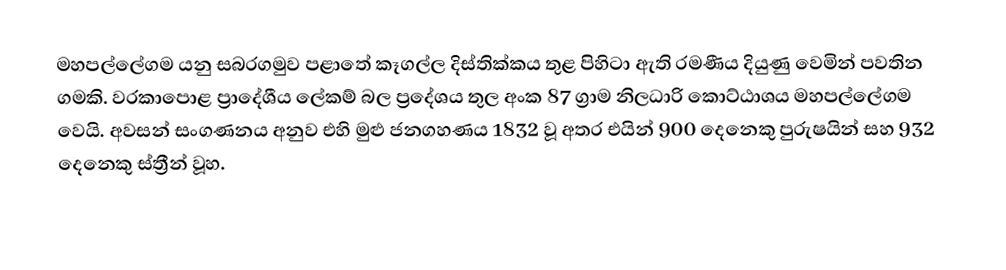
මහපල්ලේගම යනු සබරගමුව පළාතේ කෑගල්ල දිස්තික්කය තුළ පිහිටා ඇති රමණීය දියුණු වෙමින් පවතින ගමකි. වරකාපොළ ප්‍රාදේශීය ලේකම් බල ප්‍රදේශය තුල අංක 87   ග්‍රාම නිලධාරි කොට්ඨාශය  මහපල්ලේගම වෙයි. අවසන් සංගණනය අනුව එහි මුළු ජනගහණය 1832  වූ අතර එයින් 900 දෙනෙකු පුරුෂයින් සහ 932 දෙනෙකු  ස්ත්‍රීන් වූහ.